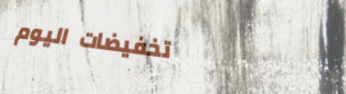
تخفيضات اليوم